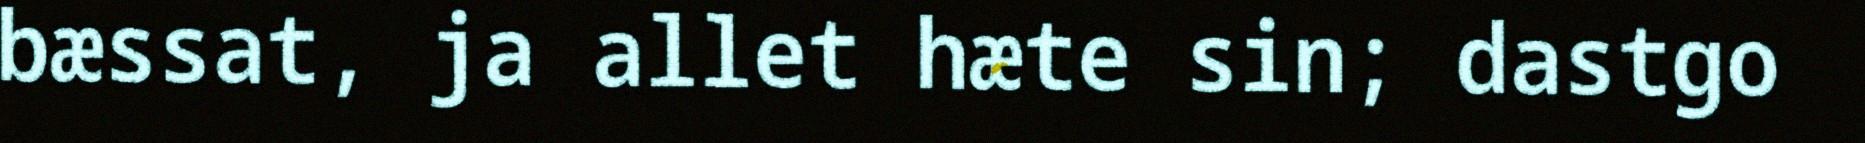
bæssat, ja allet hæte sin; dastgo